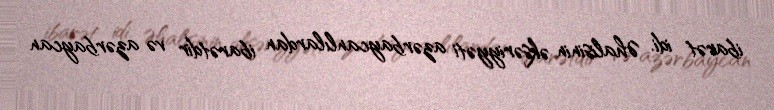
ibarət idi. Əhalisinin əksəriyyəti azərbaycanlılardan ibarətdir və azərbaycan